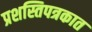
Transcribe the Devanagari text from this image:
प्रशस्तिपत्रकात